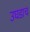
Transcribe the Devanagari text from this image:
उघडाच